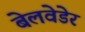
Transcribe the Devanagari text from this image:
बेलवेडेर